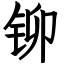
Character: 铆